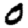
Digit: 0